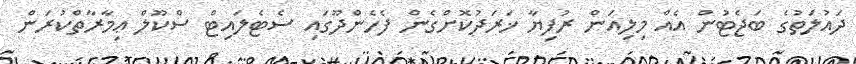
ދައުލަތުގެ ބަޖެޓުން އެއް މިލިއަން ރުފިޔާ ޚަރަދުކޮށްގެން ފެހެންދޫގައި ސެޓެލައިޓް ސްކޫލް ޢިމާރާތްކުރަން